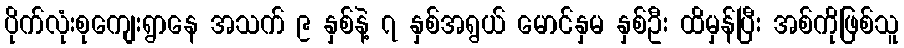
ပိုက်လုံးစုကျေးရွာနေ အသက် ၉ နှစ်နဲ့ ၇ နှစ်အရွယ် မောင်နှမ နှစ်ဦး ထိမှန်ပြီး အစ်ကိုဖြစ်သူ